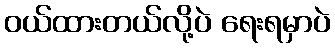
ဝယ်ထားတယ်လို့ပဲ ရေးရမှာပဲ